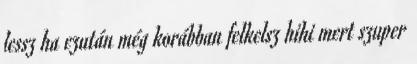
lessz ha ezután még korábban felkelsz hihi mert szuper